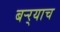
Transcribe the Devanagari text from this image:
बऱ्र्‍याच